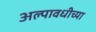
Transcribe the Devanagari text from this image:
अल्पावधीच्या